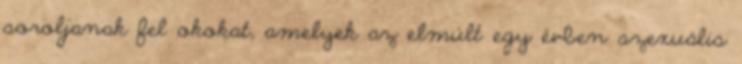
soroljanak fel okokat, amelyek az elmúlt egy évben szexuális